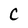
Character: C